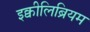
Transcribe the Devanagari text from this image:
इक्वीलिब्रियम